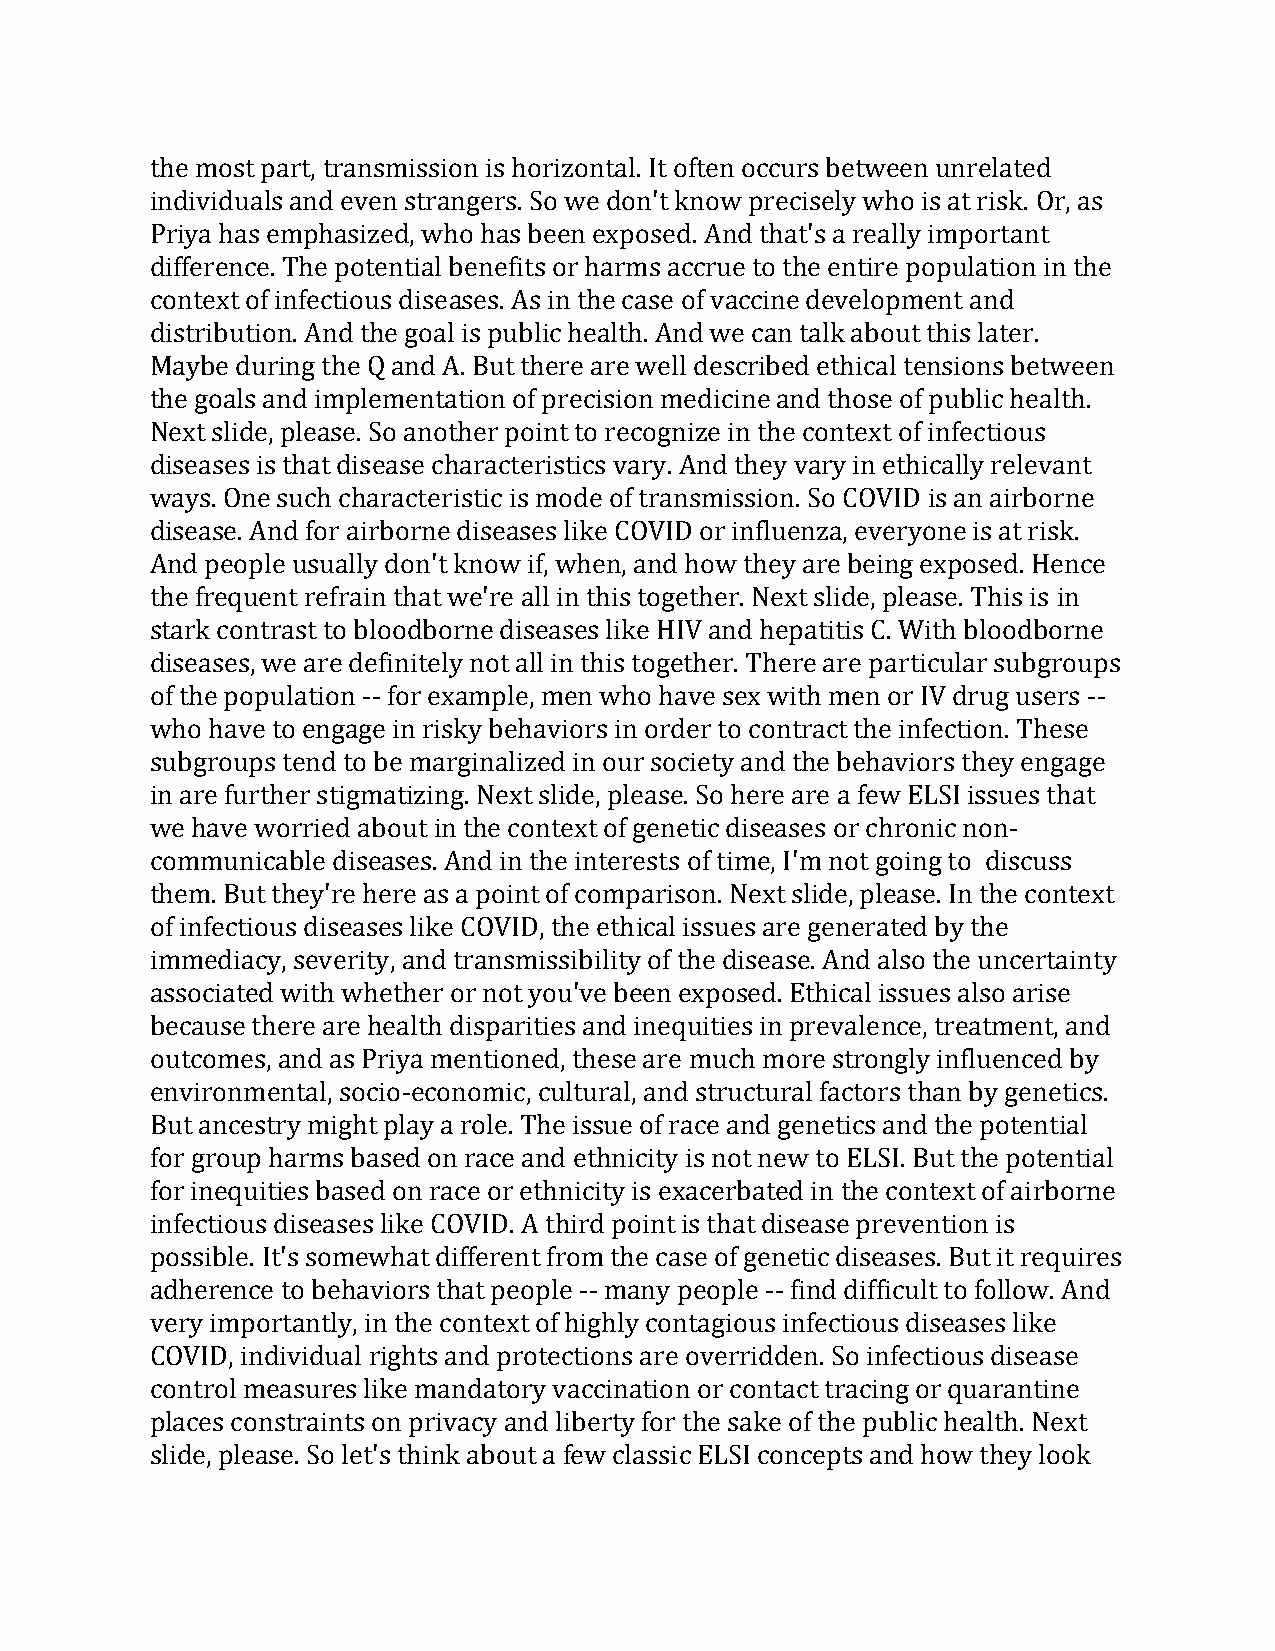
the most part, transmission is horizontal. It often occurs between unrelated
 individuals and even strangers. So we don't know precisely who is at risk. Or, as
 Priya has emphasized, who has been exposed. And that's a really important
 difference. The potential benefits or harms accrue to the entire population in the
 context of infectious diseases. As in the case of vaccine development and
 distribution. And the goal is public health. And we can talk about this later.
 Maybe during the Q and A. But there are well described ethical tensions between
 the goals and implementation of precision medicine and those of public health.
 Next slide, please. So another point to recognize in the context of infectious
 diseases is that disease characteristics vary. And they vary in ethically relevant
 ways. One such characteristic is mode of transmission. So COVID is an airborne
 disease. And for airborne diseases like COVID or influenza, everyone is at risk.
 And people usually don't know if, when, and how they are being exposed. Hence
 the frequent refrain that we're all in this together. Next slide, please. This is in
 stark contrast to bloodborne diseases like HIV and hepatitis C. With bloodborne
 diseases, we are definitely not all in this together. There are particular subgroups
 of the population -- for example, men who have sex with men or IV drug users --
 who have to engage in risky behaviors in order to contract the infection. These
 subgroups tend to be marginalized in our society and the behaviors they engage
 in are further stigmatizing. Next slide, please. So here are a few ELSI issues that
 we have worried about in the context of genetic diseases or chronic non-
 communicable diseases. And in the interests of time, I'm not going to discuss
 them. But they're here as a point of comparison. Next slide, please. In the context
 of infectious diseases like COVID, the ethical issues are generated by the
 immediacy, severity, and transmissibility of the disease. And also the uncertainty
 associated with whether or not you've been exposed. Ethical issues also arise
 because there are health disparities and inequities in prevalence, treatment, and
 outcomes, and as Priya mentioned, these are much more strongly influenced by
 environmental, socio-economic, cultural, and structural factors than by genetics.
 But ancestry might play a role. The issue of race and genetics and the potential
 for group harms based on race and ethnicity is not new to ELSI. But the potential
 for inequities based on race or ethnicity is exacerbated in the context of airborne
 infectious diseases like COVID. A third point is that disease prevention is
 possible. It's somewhat different from the case of genetic diseases. But it requires
 adherence to behaviors that people -- many people -- find difficult to follow. And
 very importantly, in the context of highly contagious infectious diseases like
 COVID, individual rights and protections are overridden. So infectious disease
 control measures like mandatory vaccination or contact tracing or quarantine
 places constraints on privacy and liberty for the sake of the public health. Next
 slide, please. So let's think about a few classic ELSI concepts and how they look